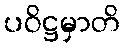
ပဝိဋ္ဌမှာတိ